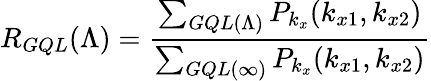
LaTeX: R_{GQL}(\Lambda)=\frac{\sum_{GQL(\Lambda)}P_{k_{x}}(k_{x1},k_{x2})}{\sum_{GQL(\infty)}P_{k_{x}}(k_{x1},k_{x2})}